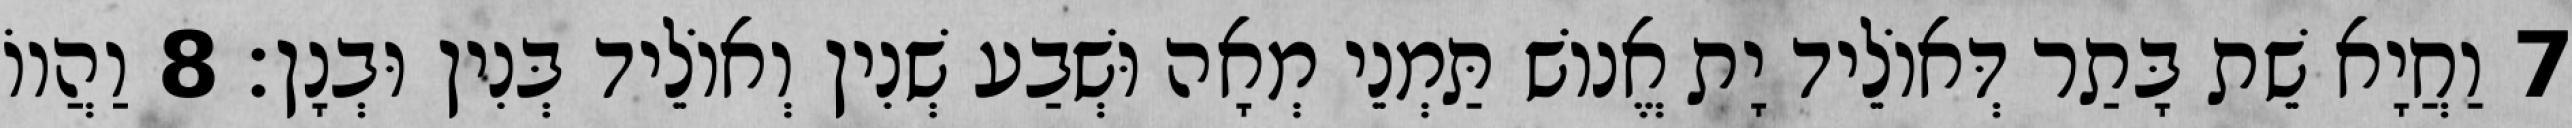
7 וַחֲיָא שֵׁת בָּתַר דְּאוֹלֵיד יָת אֱנוֹשׁ תַּמְנֵי מְאָה וּשְׁבַע שְׁנִין וְאוֹלֵיד בְּנִין וּבְנָן׃ 8 וַהֲווֹ